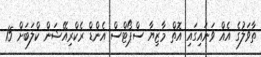
ތާވަލުގެ އެއް ވަނައިގައި އޮތް މާޒިޔާ ސްޕޯޓްސް އެންޑް ރެކްރިއޭޝަން ކްލަބަށް 15